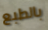
بالطبع